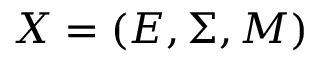
\boldsymbol { X } = ( E , \Sigma , M )